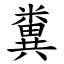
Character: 糞